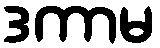
ဒကာမ